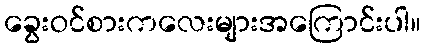
ခွေးဝင်စားကလေးများအကြောင်းပါ။